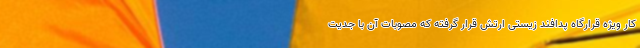
کار ویژه قرارگاه پدافند زیستی ارتش قرار گرفته که مصوبات آن با جدیت